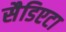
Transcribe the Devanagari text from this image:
सैडिएटा